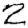
Digit: 2